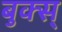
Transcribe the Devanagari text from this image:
बुक्स्